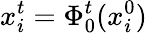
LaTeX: x_{i}^{t}=\Phi_{0}^{t}(x_{i}^{0})